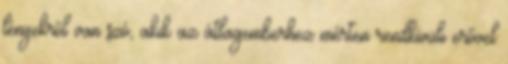
lényekről van szó, akik az átlagemberhez mérten rendkívüli erővel